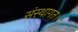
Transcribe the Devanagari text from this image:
संस्थागत।